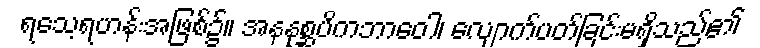
ရသေ့ရဟန်းအဖြစ်၌။ အနနုစ္ဆပိကဘာဝေါ၊ လျောက်ပတ်ခြင်းမရှိသည်၏